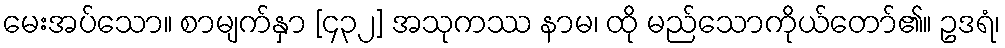
မေးအပ်သော။ စာမျက်နှာ [၄၃၂] အသုကဿ နာမ၊ ထို မည်သောကိုယ်တော်၏။ ဥဒရံ၊